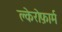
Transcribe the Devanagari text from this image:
क्लेरोफ़ार्म